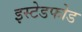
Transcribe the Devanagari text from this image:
इस्टेडफोड